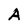
Character: A